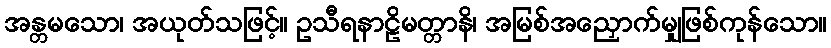
အန္တမသော၊ အယုတ်သဖြင့်။ ဥသီရနာဠိမတ္တာနိ၊ အမြစ်အညှောက်မျှဖြစ်ကုန်သော။